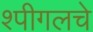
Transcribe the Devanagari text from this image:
श्पीगलचे